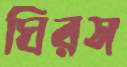
ঘিরস